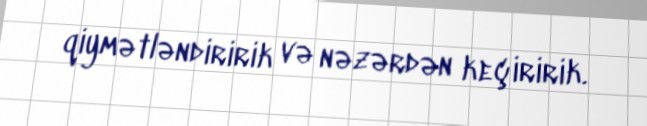
qiymətləndiririk və nəzərdən keçiririk.